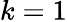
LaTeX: k=1